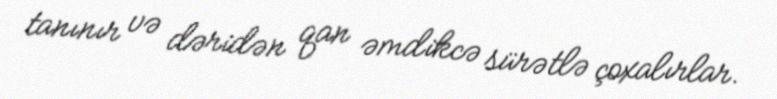
tanınır və dəridən qan əmdikcə sürətlə çoxalırlar.